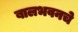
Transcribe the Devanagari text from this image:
बालभवनचे